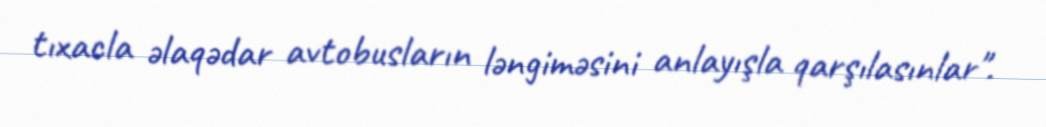
tıxacla əlaqədar avtobusların ləngiməsini anlayışla qarşılasınlar".